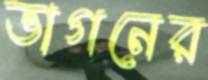
ভাগনের